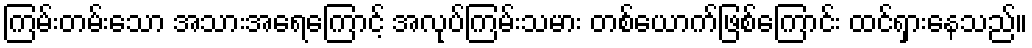
ကြမ်းတမ်းသော အသားအရေကြောင့် အလုပ်ကြမ်းသမား တစ်ယောက်ဖြစ်ကြောင်း ထင်ရှားနေသည်။